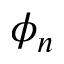
\phi _ { n }